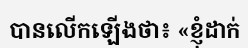
បានលើកឡើងថា៖ «ខ្ញុំដាក់